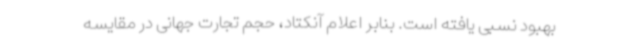
بهبود نسبی یافته است. بنابر اعلام آنکتاد، حجم تجارت جهانی در مقایسه